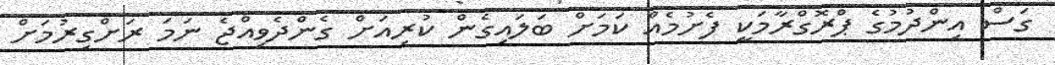
ގަސް އިންދުމުގެ ޕްރޮގްރާމަކީ ފެށުމެއް ކަމަށް ބަލައިގެން ކުރިއަށް ގެންދެވިއްޖެ ނަމަ ރަށްގިރުމަށް